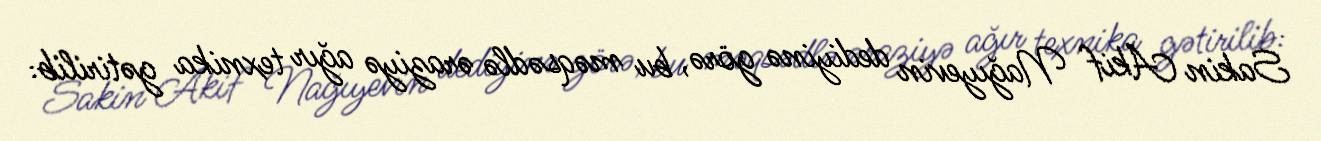
Sakin Akif Nağıyevin dediyinə görə, bu məqsədlə əraziyə ağır texnika gətirilib: